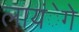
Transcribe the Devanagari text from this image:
लायंेगे